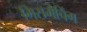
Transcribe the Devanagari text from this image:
मिसमैचिंग